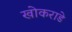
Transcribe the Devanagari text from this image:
खोकराडे